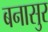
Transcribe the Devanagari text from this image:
बनासुर